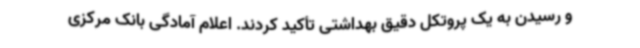
و رسیدن به یک پروتکل دقیق بهداشتی تأکید کردند. اعلام آمادگی بانک مرکزی